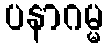
ပနာဂမ္မ